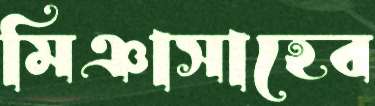
মিঞাসাহেব